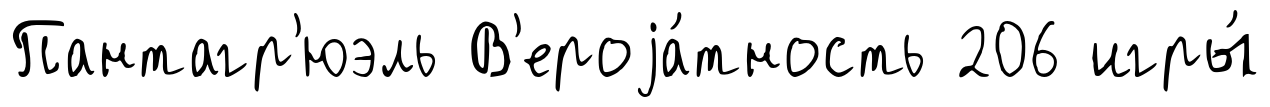
Пантагр'юэль В'ероjа́тность 206 игры́